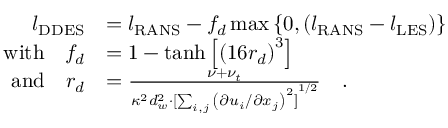
\begin{array} { r l } { l _ { \mathrm { D D E S } } } & { = l _ { \mathrm { R A N S } } - f _ { d } \operatorname* { m a x } { \{ 0 , \left( l _ { \mathrm { R A N S } } - l _ { \mathrm { L E S } } \right) \} } } \\ { \mathrm { w i t h } \ \ \ f _ { d } } & { = 1 - \operatorname { t a n h } { \left[ { \left( 1 6 r _ { d } \right) } ^ { 3 } \right] } \ \ \ } \\ { \mathrm { a n d } \ \ \ r _ { d } } & { = \frac { \nu + \nu _ { t } } { \kappa ^ { 2 } d _ { w } ^ { 2 } \cdot { [ \sum _ { i , j } { \left( \partial u _ { i } / \partial x _ { j } \right) } ^ { 2 } ] } ^ { 1 / 2 } } \ \ \ . } \end{array}